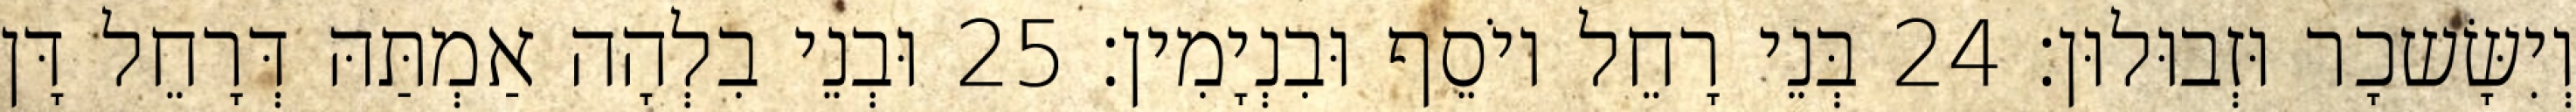
וְיִשָּׂשכָר וּזְבוּלוּן׃ 24 בְּנֵי רָחֵל יוֹסֵף וּבִנְיָמִין׃ 25 וּבְנֵי בִלְהָה אַמְתַּהּ דְּרָחֵל דָּן